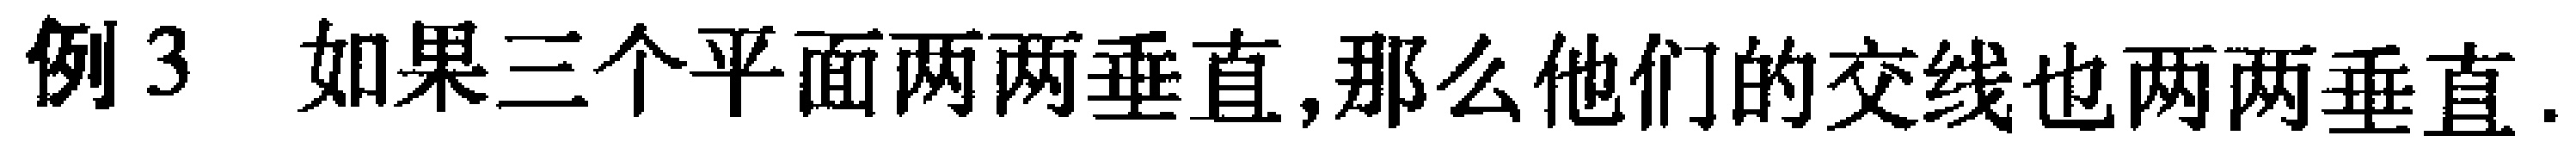
例3 如果三个平面两两垂直,那么他们的交线也两两垂直.